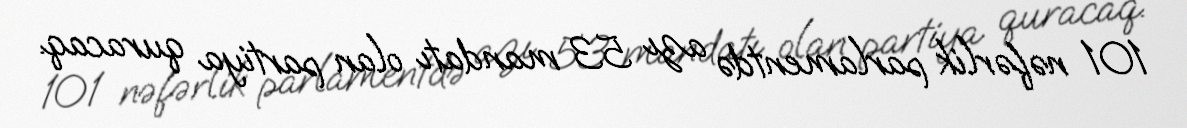
101 nəfərlik parlamentdə azı 53 mandatı olan partiya quracaq.